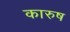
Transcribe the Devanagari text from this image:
कारुष